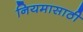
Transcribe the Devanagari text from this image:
नियमासाठी